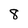
Character: 8